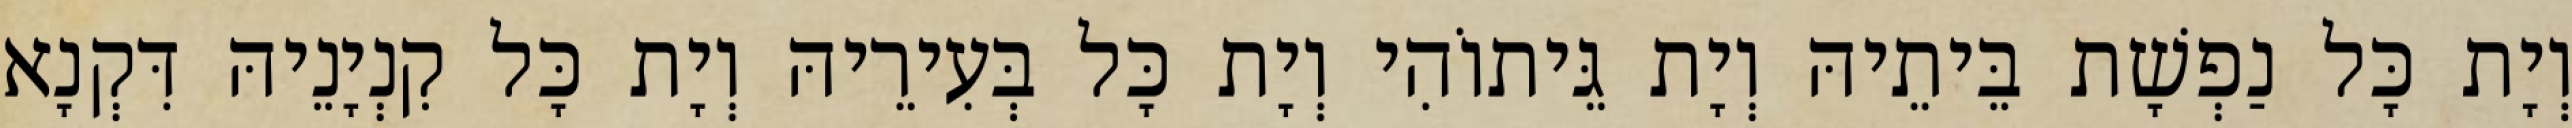
וְיָת כָּל נַפְשָׁת בֵּיתֵיהּ וְיָת גֵּיתוֹהִי וְיָת כָּל בְּעִירֵיהּ וְיָת כָּל קִנְיָנֵיהּ דִּקְנָא